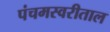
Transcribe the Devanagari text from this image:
पंचमस्वरीताल